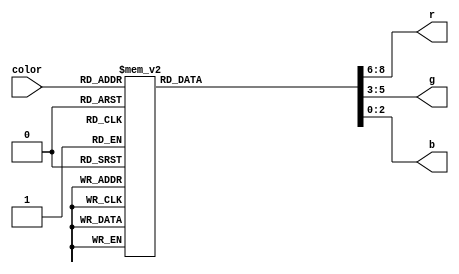
module Byte_to_rgb(color, r, g, b);
    input [7:0] color;
    output reg[2:0] r, g, b;
    always @(color) begin
        case(color)
8'b00000000: {r, g, b} = 9'b101000000;
8'b00000001: {r, g, b} = 9'b100011000;
8'b00000010: {r, g, b} = 9'b110000000;
8'b00000011: {r, g, b} = 9'b010110000;
8'b00000100: {r, g, b} = 9'b010010000;
8'b00000101: {r, g, b} = 9'b001101000;
8'b00000110: {r, g, b} = 9'b111000000;
8'b00000111: {r, g, b} = 9'b101100000;
8'b00001000: {r, g, b} = 9'b011101000;
8'b00001001: {r, g, b} = 9'b110101000;
8'b00001010: {r, g, b} = 9'b100110000;
8'b00001011: {r, g, b} = 9'b010000000;
8'b00001100: {r, g, b} = 9'b001100000;
8'b00001101: {r, g, b} = 9'b110011000;
8'b00001110: {r, g, b} = 9'b111110000;
8'b00001111: {r, g, b} = 9'b000010000;
8'b00010000: {r, g, b} = 9'b101111000;
8'b00010001: {r, g, b} = 9'b001000000;
8'b00010010: {r, g, b} = 9'b101010000;
8'b00010011: {r, g, b} = 9'b011100000;
8'b00010100: {r, g, b} = 9'b111011000;
8'b00010101: {r, g, b} = 9'b100000000;
8'b00010110: {r, g, b} = 9'b010111000;
8'b00010111: {r, g, b} = 9'b001001000;
8'b00011000: {r, g, b} = 9'b001010000;
8'b00011001: {r, g, b} = 9'b000100000;
8'b00011010: {r, g, b} = 9'b010001000;
8'b00011011: {r, g, b} = 9'b100010000;
8'b00011100: {r, g, b} = 9'b000001000;
8'b00011101: {r, g, b} = 9'b011111010;
8'b00011110: {r, g, b} = 9'b100111100;
8'b00011111: {r, g, b} = 9'b100111101;
8'b00100000: {r, g, b} = 9'b100111111;
8'b00100001: {r, g, b} = 9'b011110001;
8'b00100010: {r, g, b} = 9'b100101001;
8'b00100011: {r, g, b} = 9'b101110001;
8'b00100100: {r, g, b} = 9'b011100001;
8'b00100101: {r, g, b} = 9'b100110011;
8'b00100110: {r, g, b} = 9'b011110011;
8'b00100111: {r, g, b} = 9'b010101001;
8'b00101000: {r, g, b} = 9'b100011001;
8'b00101001: {r, g, b} = 9'b100101010;
8'b00101010: {r, g, b} = 9'b011101010;
8'b00101011: {r, g, b} = 9'b010111010;
8'b00101100: {r, g, b} = 9'b101100001;
8'b00101101: {r, g, b} = 9'b010100001;
8'b00101110: {r, g, b} = 9'b101011001;
8'b00101111: {r, g, b} = 9'b100010001;
8'b00110000: {r, g, b} = 9'b100110101;
8'b00110001: {r, g, b} = 9'b011110101;
8'b00110010: {r, g, b} = 9'b010010001;
8'b00110011: {r, g, b} = 9'b100001001;
8'b00110100: {r, g, b} = 9'b011100010;
8'b00110101: {r, g, b} = 9'b100110110;
8'b00110110: {r, g, b} = 9'b011110110;
8'b00110111: {r, g, b} = 9'b101001001;
8'b00111000: {r, g, b} = 9'b010001001;
8'b00111001: {r, g, b} = 9'b000111001;
8'b00111010: {r, g, b} = 9'b000110001;
8'b00111011: {r, g, b} = 9'b000101001;
8'b00111100: {r, g, b} = 9'b110101001;
8'b00111101: {r, g, b} = 9'b110011001;
8'b00111110: {r, g, b} = 9'b000010001;
8'b00111111: {r, g, b} = 9'b000001001;
8'b01000000: {r, g, b} = 9'b110001001;
8'b01000001: {r, g, b} = 9'b001100001;
8'b01000010: {r, g, b} = 9'b001010001;
8'b01000011: {r, g, b} = 9'b001001001;
8'b01000100: {r, g, b} = 9'b001000001;
8'b01000101: {r, g, b} = 9'b000000001;
8'b01000110: {r, g, b} = 9'b010000001;
8'b01000111: {r, g, b} = 9'b100110111;
8'b01001000: {r, g, b} = 9'b100011010;
8'b01001001: {r, g, b} = 9'b100101100;
8'b01001010: {r, g, b} = 9'b101110011;
8'b01001011: {r, g, b} = 9'b101100010;
8'b01001100: {r, g, b} = 9'b010100010;
8'b01001101: {r, g, b} = 9'b011100011;
8'b01001110: {r, g, b} = 9'b101011010;
8'b01001111: {r, g, b} = 9'b100010010;
8'b01010000: {r, g, b} = 9'b100101101;
8'b01010001: {r, g, b} = 9'b010111101;
8'b01010010: {r, g, b} = 9'b010101011;
8'b01010011: {r, g, b} = 9'b101110100;
8'b01010100: {r, g, b} = 9'b101010010;
8'b01010101: {r, g, b} = 9'b010010010;
8'b01010110: {r, g, b} = 9'b101111110;
8'b01010111: {r, g, b} = 9'b100011011;
8'b01011000: {r, g, b} = 9'b100101110;
8'b01011001: {r, g, b} = 9'b011101110;
8'b01011010: {r, g, b} = 9'b100001010;
8'b01011011: {r, g, b} = 9'b011100100;
8'b01011100: {r, g, b} = 9'b010100011;
8'b01011101: {r, g, b} = 9'b010001010;
8'b01011110: {r, g, b} = 9'b010101100;
8'b01011111: {r, g, b} = 9'b101111111;
8'b01100000: {r, g, b} = 9'b110111010;
8'b01100001: {r, g, b} = 9'b111110010;
8'b01100010: {r, g, b} = 9'b000100010;
8'b01100011: {r, g, b} = 9'b111100010;
8'b01100100: {r, g, b} = 9'b000010010;
8'b01100101: {r, g, b} = 9'b111010010;
8'b01100110: {r, g, b} = 9'b000001010;
8'b01100111: {r, g, b} = 9'b001110010;
8'b01101000: {r, g, b} = 9'b001101010;
8'b01101001: {r, g, b} = 9'b001100010;
8'b01101010: {r, g, b} = 9'b001010010;
8'b01101011: {r, g, b} = 9'b001001010;
8'b01101100: {r, g, b} = 9'b101000010;
8'b01101101: {r, g, b} = 9'b100000010;
8'b01101110: {r, g, b} = 9'b001000010;
8'b01101111: {r, g, b} = 9'b010000010;
8'b01110000: {r, g, b} = 9'b000000010;
8'b01110001: {r, g, b} = 9'b010111111;
8'b01110010: {r, g, b} = 9'b100010011;
8'b01110011: {r, g, b} = 9'b100100101;
8'b01110100: {r, g, b} = 9'b011011100;
8'b01110101: {r, g, b} = 9'b101100100;
8'b01110110: {r, g, b} = 9'b010100100;
8'b01110111: {r, g, b} = 9'b101010011;
8'b01111000: {r, g, b} = 9'b010101101;
8'b01111001: {r, g, b} = 9'b100001011;
8'b01111010: {r, g, b} = 9'b101001011;
8'b01111011: {r, g, b} = 9'b101110111;
8'b01111100: {r, g, b} = 9'b010011100;
8'b01111101: {r, g, b} = 9'b011010100;
8'b01111110: {r, g, b} = 9'b010100101;
8'b01111111: {r, g, b} = 9'b000110011;
8'b10000000: {r, g, b} = 9'b000101011;
8'b10000001: {r, g, b} = 9'b110101011;
8'b10000010: {r, g, b} = 9'b110100011;
8'b10000011: {r, g, b} = 9'b110011011;
8'b10000100: {r, g, b} = 9'b110001011;
8'b10000101: {r, g, b} = 9'b001101011;
8'b10000110: {r, g, b} = 9'b110000011;
8'b10000111: {r, g, b} = 9'b111000011;
8'b10001000: {r, g, b} = 9'b100000011;
8'b10001001: {r, g, b} = 9'b100100111;
8'b10001010: {r, g, b} = 9'b101010100;
8'b10001011: {r, g, b} = 9'b010010100;
8'b10001100: {r, g, b} = 9'b101101111;
8'b10001101: {r, g, b} = 9'b100011110;
8'b10001110: {r, g, b} = 9'b011011110;
8'b10001111: {r, g, b} = 9'b011001100;
8'b10010000: {r, g, b} = 9'b010101111;
8'b10010001: {r, g, b} = 9'b010011101;
8'b10010010: {r, g, b} = 9'b101100110;
8'b10010011: {r, g, b} = 9'b100010101;
8'b10010100: {r, g, b} = 9'b011010101;
8'b10010101: {r, g, b} = 9'b101001100;
8'b10010110: {r, g, b} = 9'b010001100;
8'b10010111: {r, g, b} = 9'b000111100;
8'b10011000: {r, g, b} = 9'b110111100;
8'b10011001: {r, g, b} = 9'b111110100;
8'b10011010: {r, g, b} = 9'b110110100;
8'b10011011: {r, g, b} = 9'b111101100;
8'b10011100: {r, g, b} = 9'b110101100;
8'b10011101: {r, g, b} = 9'b111100100;
8'b10011110: {r, g, b} = 9'b000100100;
8'b10011111: {r, g, b} = 9'b110100100;
8'b10100000: {r, g, b} = 9'b110011100;
8'b10100001: {r, g, b} = 9'b111010100;
8'b10100010: {r, g, b} = 9'b000010100;
8'b10100011: {r, g, b} = 9'b001110100;
8'b10100100: {r, g, b} = 9'b001100100;
8'b10100101: {r, g, b} = 9'b001010100;
8'b10100110: {r, g, b} = 9'b001001100;
8'b10100111: {r, g, b} = 9'b011000100;
8'b10101000: {r, g, b} = 9'b000000100;
8'b10101001: {r, g, b} = 9'b101000100;
8'b10101010: {r, g, b} = 9'b001000100;
8'b10101011: {r, g, b} = 9'b101011110;
8'b10101100: {r, g, b} = 9'b100001101;
8'b10101101: {r, g, b} = 9'b010001101;
8'b10101110: {r, g, b} = 9'b111111101;
8'b10101111: {r, g, b} = 9'b110111101;
8'b10110000: {r, g, b} = 9'b111110101;
8'b10110001: {r, g, b} = 9'b000101101;
8'b10110010: {r, g, b} = 9'b111101101;
8'b10110011: {r, g, b} = 9'b111100101;
8'b10110100: {r, g, b} = 9'b110100101;
8'b10110101: {r, g, b} = 9'b000011101;
8'b10110110: {r, g, b} = 9'b110011101;
8'b10110111: {r, g, b} = 9'b000001101;
8'b10111000: {r, g, b} = 9'b110001101;
8'b10111001: {r, g, b} = 9'b001101101;
8'b10111010: {r, g, b} = 9'b001011101;
8'b10111011: {r, g, b} = 9'b001010101;
8'b10111100: {r, g, b} = 9'b011000101;
8'b10111101: {r, g, b} = 9'b110000101;
8'b10111110: {r, g, b} = 9'b001000101;
8'b10111111: {r, g, b} = 9'b011010111;
8'b11000000: {r, g, b} = 9'b011001110;
8'b11000001: {r, g, b} = 9'b101001110;
8'b11000010: {r, g, b} = 9'b010010111;
8'b11000011: {r, g, b} = 9'b000110110;
8'b11000100: {r, g, b} = 9'b111101110;
8'b11000101: {r, g, b} = 9'b110100110;
8'b11000110: {r, g, b} = 9'b000011110;
8'b11000111: {r, g, b} = 9'b111010110;
8'b11001000: {r, g, b} = 9'b000001110;
8'b11001001: {r, g, b} = 9'b001110110;
8'b11001010: {r, g, b} = 9'b001100110;
8'b11001011: {r, g, b} = 9'b001010110;
8'b11001100: {r, g, b} = 9'b100000110;
8'b11001101: {r, g, b} = 9'b111000110;
8'b11001110: {r, g, b} = 9'b010000110;
8'b11001111: {r, g, b} = 9'b000111111;
8'b11010000: {r, g, b} = 9'b111101111;
8'b11010001: {r, g, b} = 9'b110101111;
8'b11010010: {r, g, b} = 9'b000100111;
8'b11010011: {r, g, b} = 9'b111100111;
8'b11010100: {r, g, b} = 9'b110100111;
8'b11010101: {r, g, b} = 9'b110010111;
8'b11010110: {r, g, b} = 9'b000001111;
8'b11010111: {r, g, b} = 9'b101000111;
8'b11011000: {r, g, b} = 9'b010000111;
8'b11011001: {r, g, b} = 9'b000000000;
8'b11011010: {r, g, b} = 9'b000000000;
8'b11011011: {r, g, b} = 9'b000000000;
8'b11011100: {r, g, b} = 9'b000000000;
8'b11011101: {r, g, b} = 9'b000000000;
8'b11011110: {r, g, b} = 9'b000000000;
8'b11011111: {r, g, b} = 9'b000000000;
8'b11100000: {r, g, b} = 9'b000000000;
8'b11100001: {r, g, b} = 9'b000000000;
8'b11100010: {r, g, b} = 9'b000000000;
8'b11100011: {r, g, b} = 9'b000000000;
8'b11100100: {r, g, b} = 9'b000000000;
8'b11100101: {r, g, b} = 9'b000000000;
8'b11100110: {r, g, b} = 9'b000000000;
8'b11100111: {r, g, b} = 9'b000000000;
8'b11101000: {r, g, b} = 9'b000000000;
8'b11101001: {r, g, b} = 9'b000000000;
8'b11101010: {r, g, b} = 9'b000000000;
8'b11101011: {r, g, b} = 9'b000000000;
8'b11101100: {r, g, b} = 9'b000000000;
8'b11101101: {r, g, b} = 9'b000000000;
8'b11101110: {r, g, b} = 9'b000000000;
8'b11101111: {r, g, b} = 9'b000000000;
8'b11110000: {r, g, b} = 9'b000000000;
8'b11110001: {r, g, b} = 9'b000000000;
8'b11110010: {r, g, b} = 9'b000000000;
8'b11110011: {r, g, b} = 9'b000000000;
8'b11110100: {r, g, b} = 9'b000000000;
8'b11110101: {r, g, b} = 9'b000000000;
8'b11110110: {r, g, b} = 9'b000000000;
8'b11110111: {r, g, b} = 9'b000000000;
8'b11111000: {r, g, b} = 9'b000000000;
8'b11111001: {r, g, b} = 9'b001001001;
8'b11111010: {r, g, b} = 9'b010010010;
8'b11111011: {r, g, b} = 9'b011011011;
8'b11111100: {r, g, b} = 9'b100100100;
8'b11111101: {r, g, b} = 9'b101101101;
8'b11111110: {r, g, b} = 9'b110110110;
8'b11111111: {r, g, b} = 9'b111111111;
        endcase
    end
endmodule